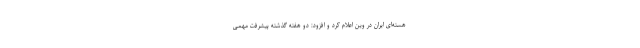
هسته‌ای ایران در وین اعلام کرد و افزود: دو هفته گذشته پیشرفت مهمی